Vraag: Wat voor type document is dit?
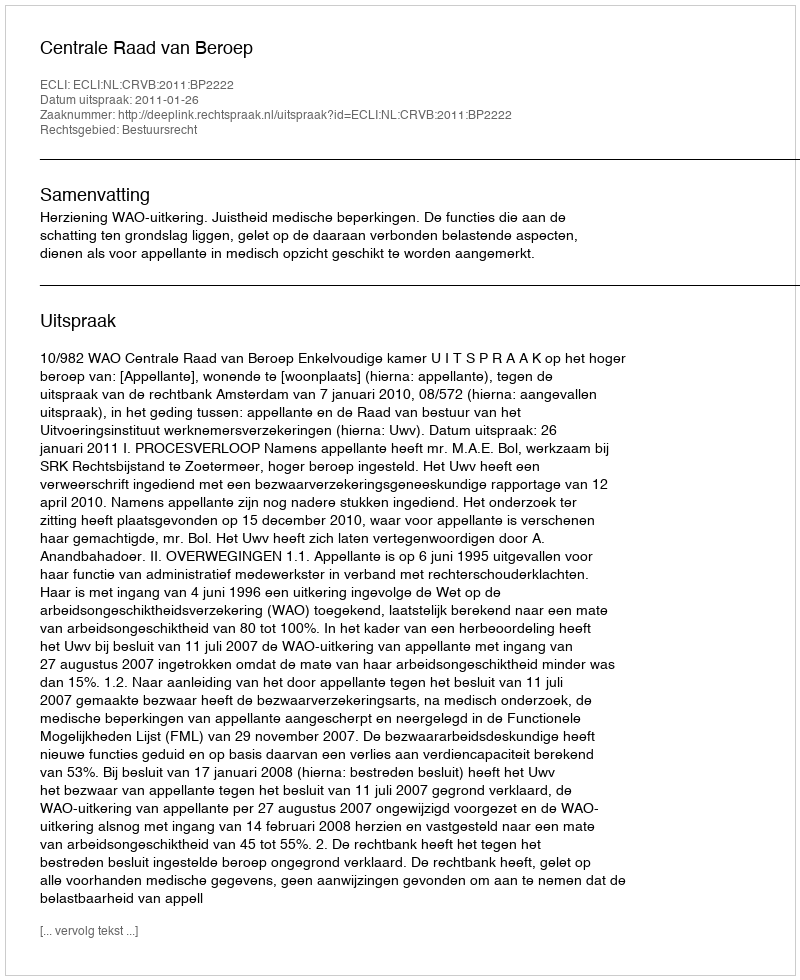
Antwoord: Uitspraak